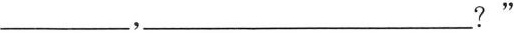
___，___？”